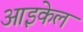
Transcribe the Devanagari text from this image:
आइकेल